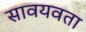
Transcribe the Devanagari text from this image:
सावयवता